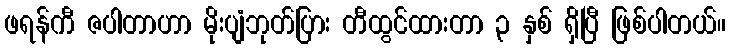
ဖရန်ကီ ဇပါတာဟာ မိုးပျံဘုတ်ပြား တီထွင်ထားတာ ၃ နှစ် ရှိပြီ ဖြစ်ပါတယ်။